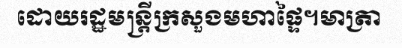
ដោយរដ្ឋមន្ត្រីក្រសួងមហាផ្ទៃ។មាត្រា